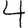
Digit: 4